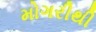
મોગરીથી